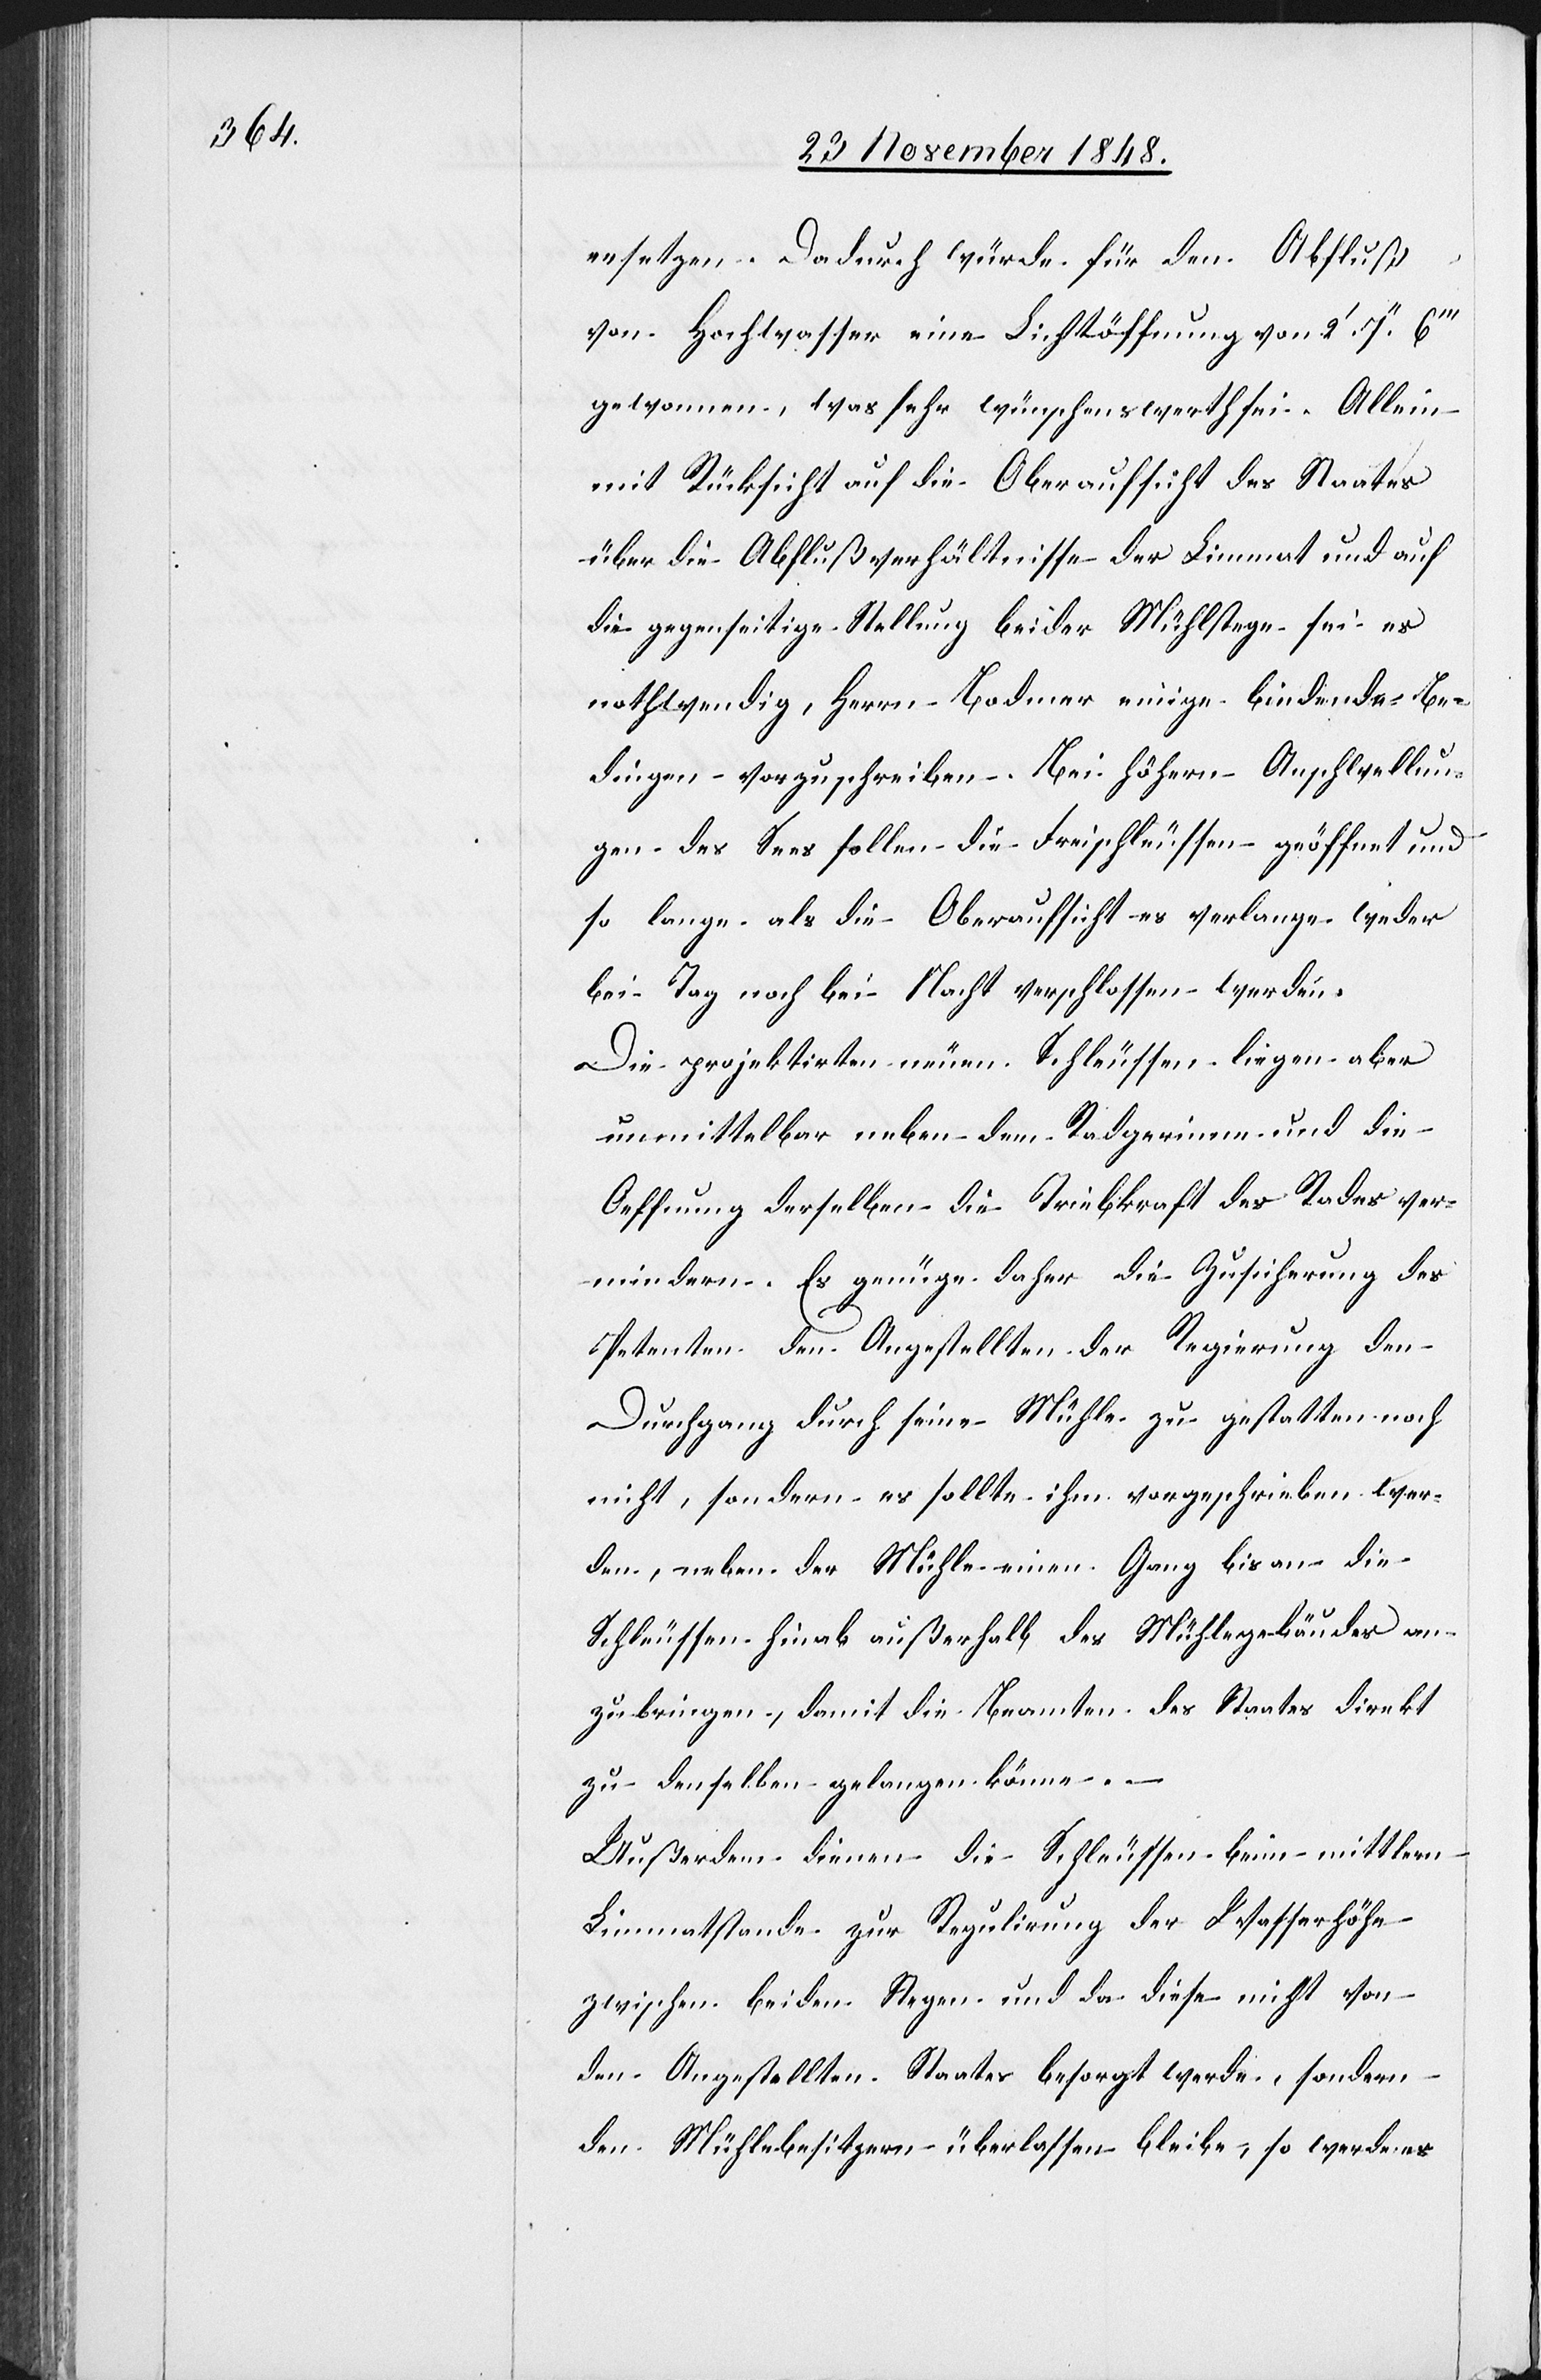
ersetzen. Dadurch würde für den Abfluß
von Hochwasser eine Lichtöffnung von 2’ 7’’
gewonnen, was sehr wünschenswerth sei. Allein
mit Rücksicht auf die Oberaufsicht des Staates
über die Abflußverhältnisse der Limmat und auf
die gegenseitige Stellung beider Mühlestege sei es
nothwendig, Herrn Bodmer einige bindende Be¬
dingen vorzuschreiben. Bei höhern Anschwellun¬
gen des Sees sollen die Freischleussen geöffnet und
so lange als die Oberaufsicht es verlange weder
bei Tag noch bei Nacht verschlossen werden.
Die projektirten neuen Schleussen liegen aber
unmittelbar neben dem Radgerinne und die
Oeffnung derselben die Triebkraft des Rades ver¬
mindern [sic!]. Es genüge daher die Zusicherung des
Petenten den Angestellten der Regierung den
Durchgang durch seine Mühle zu gestatten noch
nicht, sondern es sollte ihm vorgeschrieben wer¬
den, neben der Mühle einen Gang bis an die
Schleussen hinab außerhalb des Mühlegebäudes an¬
zubringen, damit die Beamten des Staates direkt
zu denselben gelangen könne[n].
Außerdem dienen die Schleussen beim mittlern
Limmatstande zur Regulirung der Wasserhöhe
zwischen beiden Stegen und da diese nicht von
den Angestellten [des] Staates besorgt werde, sondern
den Mühlebesitzern überlassen bleibe, so werde es